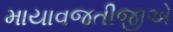
માયાવજતીજીએ